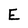
Character: E